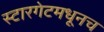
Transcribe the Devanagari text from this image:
स्टारगेटमधूनच